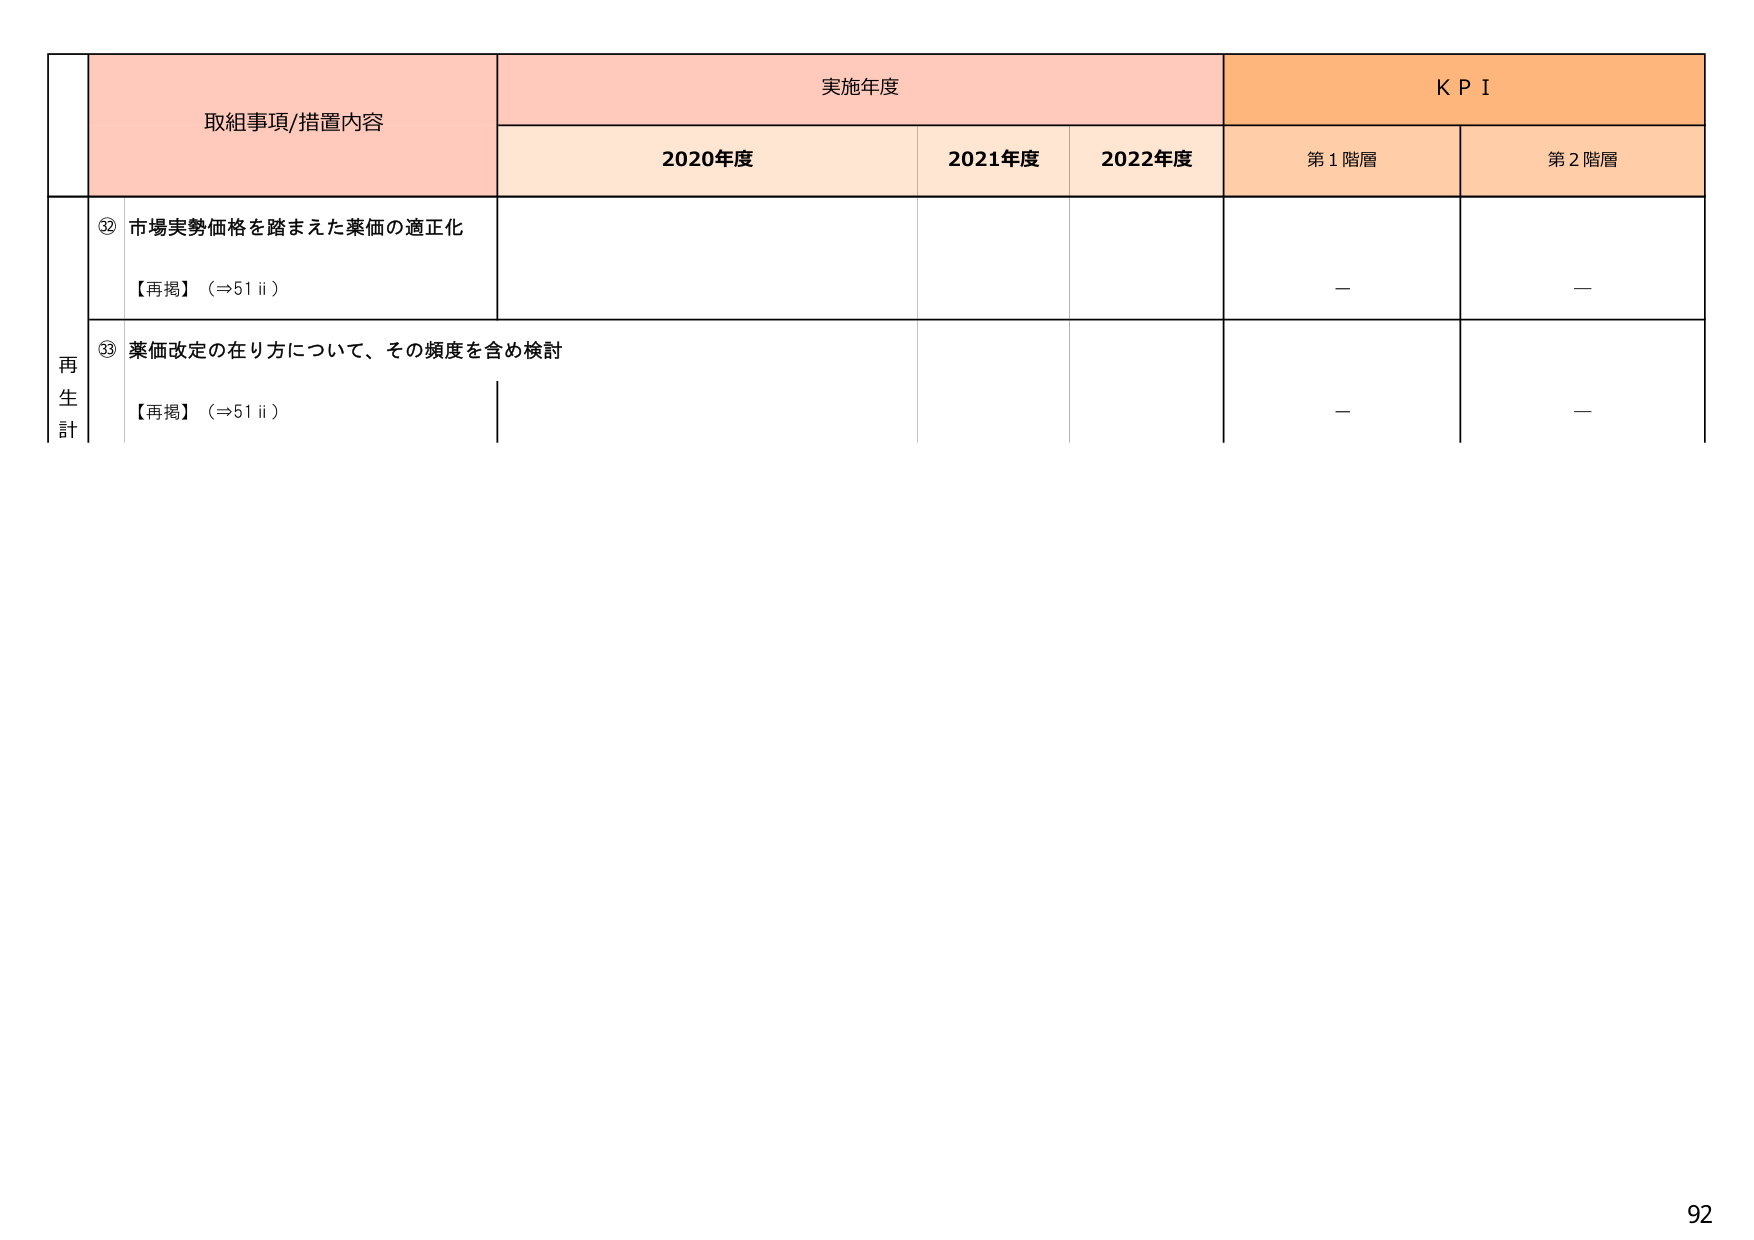
取組事項/措置内容
実施年度
K P I
2020年度
2021年度
2022年度
第1階層
第2階層
再生計
⑫ 市場実勢価格を踏まえた薬価の適正化
【再掲】（⇒51 ii）
⑬ 薬価改定の在り方について、その頻度を含め検討
【再掲】（⇒51 ii）
－
－
－
－
92